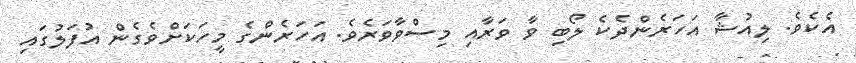
އެކެވެ. ލިއުޝާ އަހަރެންދެކެ ލޯބި ވާ ވަރާއި މިސްވާވަރެވެ. އަހަރެންގެ މީހަކަށްވެގެން އުފަލުގައި